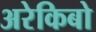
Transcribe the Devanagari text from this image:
अरेकिबो